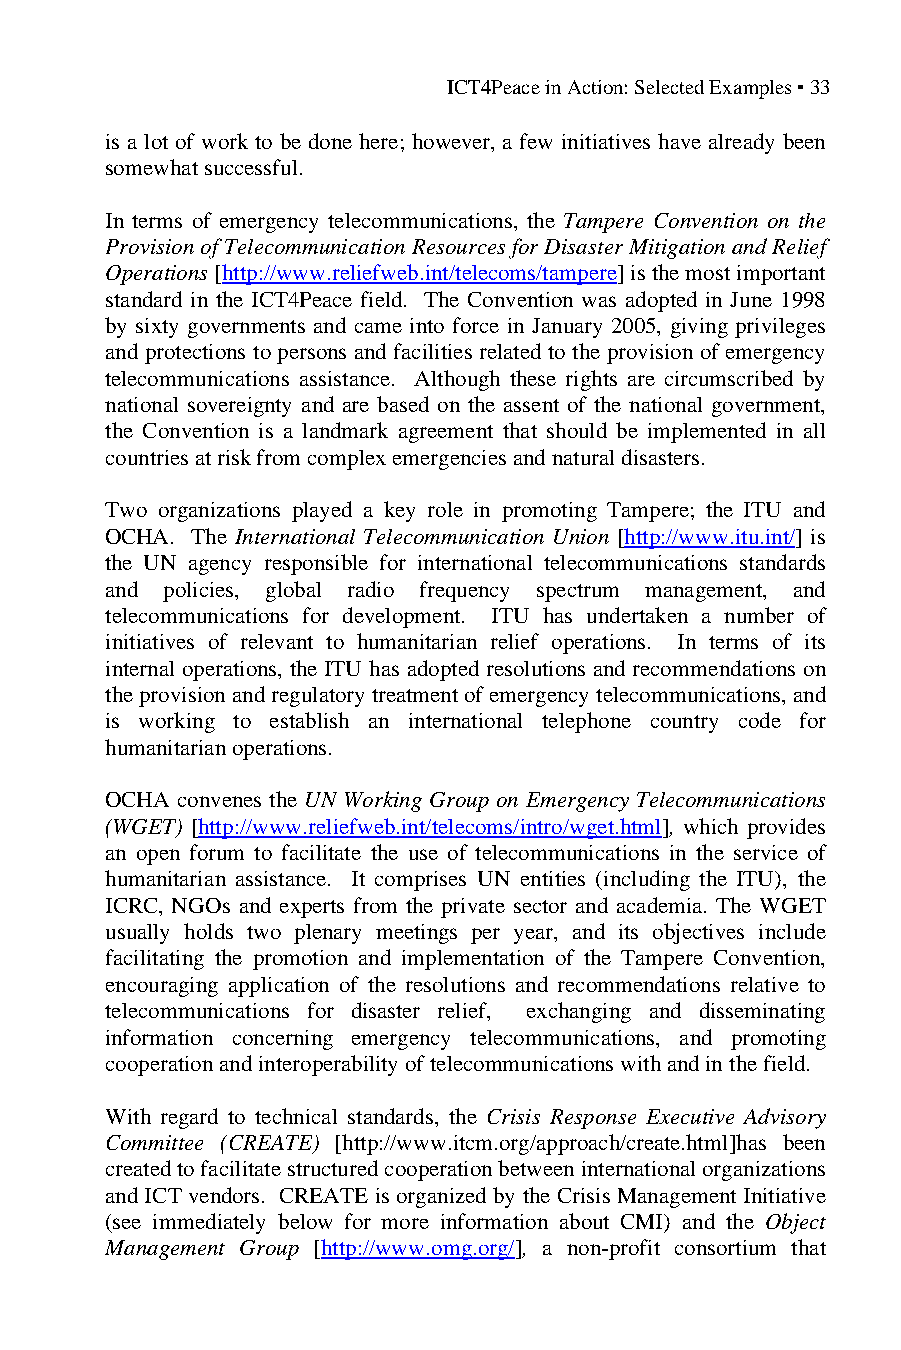
ICT4Peace in Action: Selected Examples ▪ 33
 is a lot of work to be done here; however, a few initiatives have already been
 somewhat successful.
 In terms of emergency telecommunications, the Tampere Convention on the
 Provision of Telecommunication Resources for Disaster Mitigation and Relief
 Operations [http://www.reliefweb.int/telecoms/tampere] is the most important
 standard in the ICT4Peace field. The Convention was adopted in June 1998
 by sixty governments and came into force in January 2005, giving privileges
 and protections to persons and facilities related to the provision of emergency
 telecommunications assistance. Although these rights are circumscribed by
 national sovereignty and are based on the assent of the national government,
 the Convention is a landmark agreement that should be implemented in all
 countries at risk from complex emergencies and natural disasters.
 Two organizations played a key role in promoting Tampere; the ITU and
 OCHA. The International Telecommunication Union [http://www.itu.int/] is
 the UN agency responsible for international telecommunications standards
 and policies, global radio frequency spectrum management, and
 telecommunications for development. ITU has undertaken a number of
 initiatives of relevant to humanitarian relief operations. In terms of its
 internal operations, the ITU has adopted resolutions and recommendations on
 the provision and regulatory treatment of emergency telecommunications, and
 is working to establish an international telephone country code for
 humanitarian operations.
 OCHA convenes the UN Working Group on Emergency Telecommunications
 (WGET) [http://www.reliefweb.int/telecoms/intro/wget.html], which provides
 an open forum to facilitate the use of telecommunications in the service of
 humanitarian assistance. It comprises UN entities (including the ITU), the
 ICRC, NGOs and experts from the private sector and academia. The WGET
 usually holds two plenary meetings per year, and its objectives include
 facilitating the promotion and implementation of the Tampere Convention,
 encouraging application of the resolutions and recommendations relative to
 telecommunications for disaster relief, exchanging and disseminating
 information concerning emergency telecommunications, and promoting
 cooperation and interoperability of telecommunications with and in the field.
 With regard to technical standards, the Crisis Response Executive Advisory
 Committee (CREATE) [http://www.itcm.org/approach/create.html]has been
 created to facilitate structured cooperation between international organizations
 and ICT vendors. CREATE is organized by the Crisis Management Initiative
 (see immediately below for more information about CMI) and the Object
 Management Group [http://www.omg.org/], a non-profit consortium that